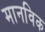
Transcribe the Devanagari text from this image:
मानविक